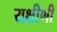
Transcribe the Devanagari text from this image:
यक्षीणी